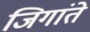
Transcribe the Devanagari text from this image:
जिगांते